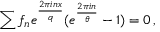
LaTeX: \sum f _ { n } e ^ { \frac { 2 \pi i n x } { q } } ( e ^ { \frac { 2 \pi i n } { \theta } } - 1 ) = 0 \, ,